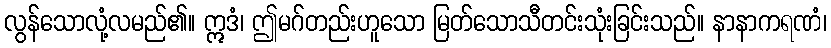
လွန်သောလုံ့လမည်၏။ ဣဒံ၊ ဤမဂ်တည်းဟူသော မြတ်သောသီတင်းသုံးခြင်းသည်။ နာနာကရဏံ၊